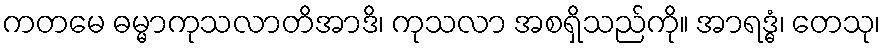
ကတမေ ဓမ္မာကုသလာတိအာဒိ၊ ကုသလာ အစရှိသည်ကို။ အာရဒ္ဓံ၊ တေသု၊